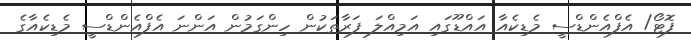
ފޮޓޯ/ އެފްއެންޑްސީ މެޑިކެއާ އައްޑޫގައި އަމިއްލަ ފަރާތަކުން ހިންގަމުން އަންނަ އެފްއެންޑްސީ މެޑިކެއާގެ